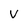
Character: v